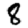
Digit: 8